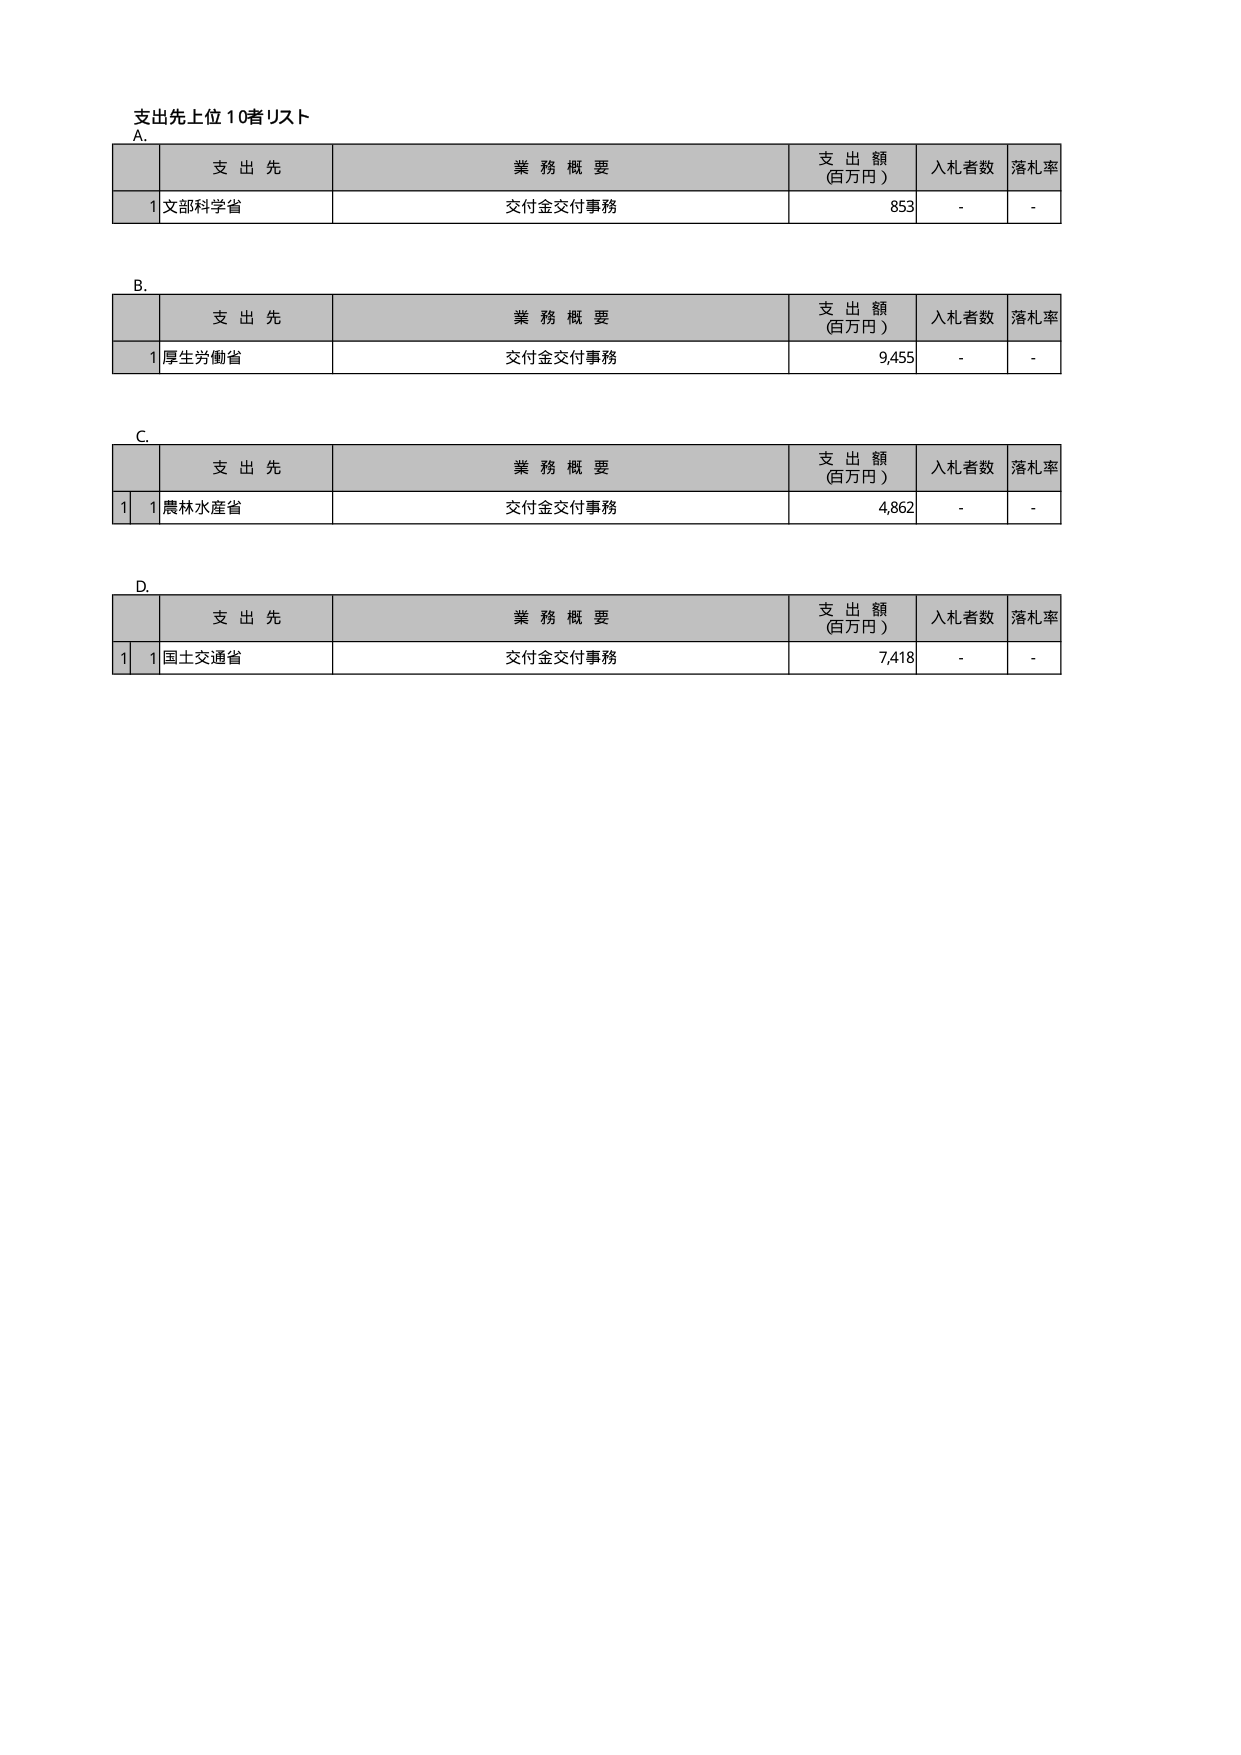
支出先上位10者リスト
A.
支 出 先 業 務 概 要 支 出 額 (百万円) 入札者数 落札率
1 文部科学省 交付金交付事務 853 - -
B.
支 出 先 業 務 概 要 支 出 額 (百万円) 入札者数 落札率
1 厚生労働省 交付金交付事務 9,455 - -
C.
支 出 先 業 務 概 要 支 出 額 (百万円) 入札者数 落札率
1 1 農林水産省 交付金交付事務 4,862 - -
D.
支 出 先 業 務 概 要 支 出 額 (百万円) 入札者数 落札率
1 1 国土交通省 交付金交付事務 7,418 - -